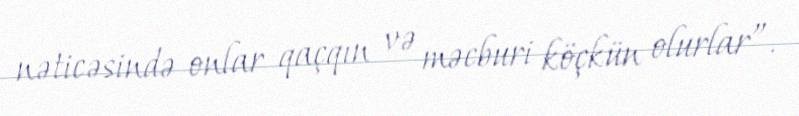
nəticəsində onlar qaçqın və məcburi köçkün olurlar”.